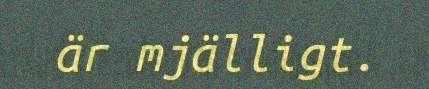
är mjälligt.